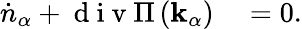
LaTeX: \begin{array}{rl}{\dot{n}_{\alpha}+\mathrm{~d~i~v~}\Pi\left(\mathbf{k_{\alpha}}\right)}&{{}=0.}\end{array}